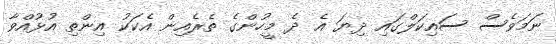
ނަމަވެސް ސައިކަލްގައި ދިޔަ އެ ދެ މީހުންގެ ތެރެއިން އެކަކު އިންތި އުޅުއްވާ